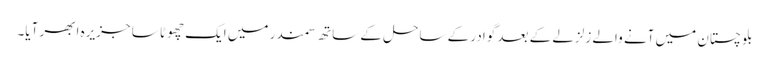
بلوچستان میں آنے والے زلزلے کے بعد گوادر کے ساحل کے ساتھ سمندر میں ایک چھوٹا سا جزیرہ ابھر آیا۔